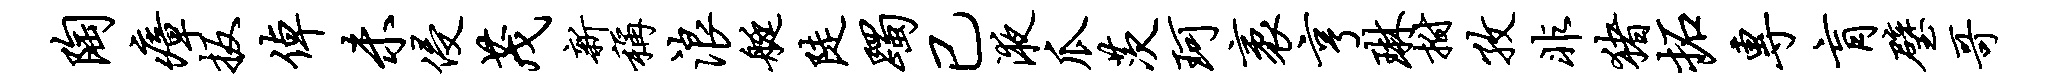
陶瘴扳倬未侵茂新称浪艇陡躅已液瓜茨珂袤亨琳拊孜非猪拓专肓璧哥